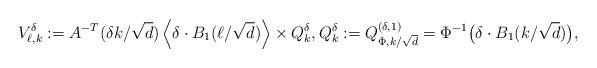
LaTeX: \begin{align*} V_{\ell,k}^{\delta} := A^{-T}( \delta k / \sqrt{d} ) \left\langle \delta \cdot B_1 (\ell / \sqrt{d}) \right\rangle \times Q_{k}^{\delta}, Q_{k}^{\delta} := Q_{\Phi,k/\sqrt{d}}^{(\delta,1)} = \Phi^{-1}\bigl(\delta \cdot B_1(k/\sqrt{d})\bigr), \end{align*}